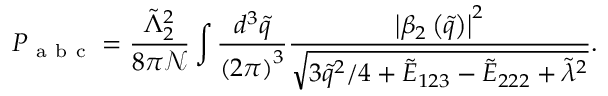
P _ { \mathrm { ~ a ~ b ~ c ~ } } = \frac { \tilde { \Lambda } _ { 2 } ^ { 2 } } { 8 \pi \mathcal { N } } \int \frac { d ^ { 3 } \tilde { q } } { \left( 2 \pi \right) ^ { 3 } } \frac { \left| \beta _ { 2 } \left( \tilde { q } \right) \right| ^ { 2 } } { \sqrt { 3 \tilde { q } ^ { 2 } / 4 + \tilde { E } _ { 1 2 3 } - \tilde { E } _ { 2 2 2 } + \tilde { \lambda } ^ { 2 } } } .